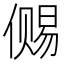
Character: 𰂭